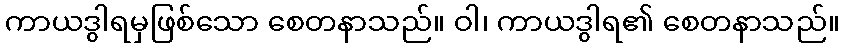
ကာယဒွါရမှဖြစ်သော စေတနာသည်။ ဝါ၊ ကာယဒွါရ၏ စေတနာသည်။